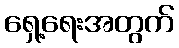
ရှေ့ရေးအတွက်